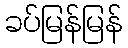
ခပ်မြန်မြန်